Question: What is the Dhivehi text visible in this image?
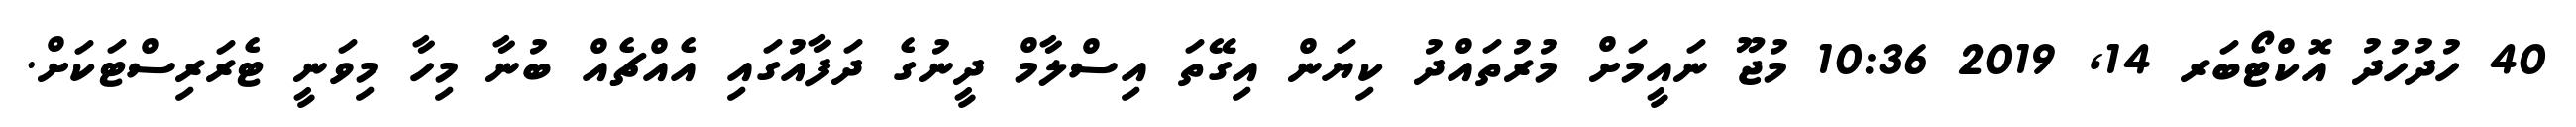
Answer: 40 ހުދުހުދު އޮކްޓޯބަރ 14, 2019 10:36 މުޖޫ ނައީމަށް މުރުތައްދު ކިޔަން އިގޭތަ އިސްލާމް ދީނުގެ ދަފާއުގައި އެއްޗެއް ބުނާ މިހާ މިވަނީ ޓެރަރިސްޓަކަށް.